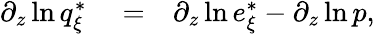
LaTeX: \begin{array}{rlr}{\partial_{z}\ln q_{\xi}^{*}}&{{}=}&{\partial_{z}\ln e_{\xi}^{*}-\partial_{z}\ln p,}\end{array}